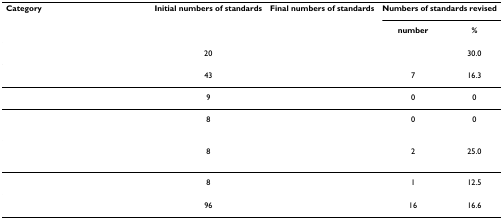
<table><thead><tr><td><b>Category</b></td><td><b>Initial numbers of standards</b></td><td><b>Final numbers of standards</b></td><td colspan="2"><b>Numbers of standards revised</b></td></tr><tr><td>[EMPTY_CELL]</td><td>[EMPTY_CELL]</td><td>[EMPTY_CELL]</td><td><b>number</b></td><td><b>%</b></td></tr></thead><tbody><tr><td>[EMPTY_CELL]</td><td>20</td><td>[EMPTY_CELL]</td><td>[EMPTY_CELL]</td><td>30.0</td></tr><tr><td>[EMPTY_CELL]</td><td>43</td><td>[EMPTY_CELL]</td><td>7</td><td>16.3</td></tr><tr><td>[EMPTY_CELL]</td><td>9</td><td>[EMPTY_CELL]</td><td>0</td><td>0</td></tr><tr><td>[EMPTY_CELL]</td><td>8</td><td>[EMPTY_CELL]</td><td>0</td><td>0</td></tr><tr><td>[EMPTY_CELL]</td><td>8</td><td>[EMPTY_CELL]</td><td>2</td><td>25.0</td></tr><tr><td>[EMPTY_CELL]</td><td>8</td><td>[EMPTY_CELL]</td><td>1</td><td>12.5</td></tr><tr><td>[EMPTY_CELL]</td><td>96</td><td>[EMPTY_CELL]</td><td>16</td><td>16.6</td></tr></tbody></table>